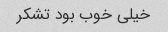
خیلی خوب بود تشکر